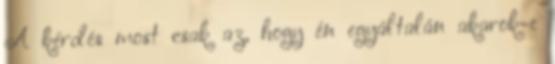
A kérdés most csak az, hogy én egyáltalán akarok-e